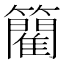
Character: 䉮